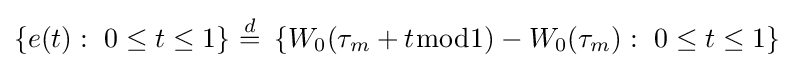
\{e(t):\ {0\leq t\leq 1}\}\ {\stackrel {d}{=}}\ \left\{W_{0}(\tau _{m}+t{\bmod {1}})-W_{0}(\tau _{m}):\ 0\leq t\leq 1\right\}